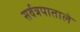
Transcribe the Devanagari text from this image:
सर्वत्रपाताले